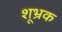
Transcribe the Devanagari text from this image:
शूभ्रक